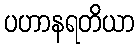
ပဟာနရတိယာ